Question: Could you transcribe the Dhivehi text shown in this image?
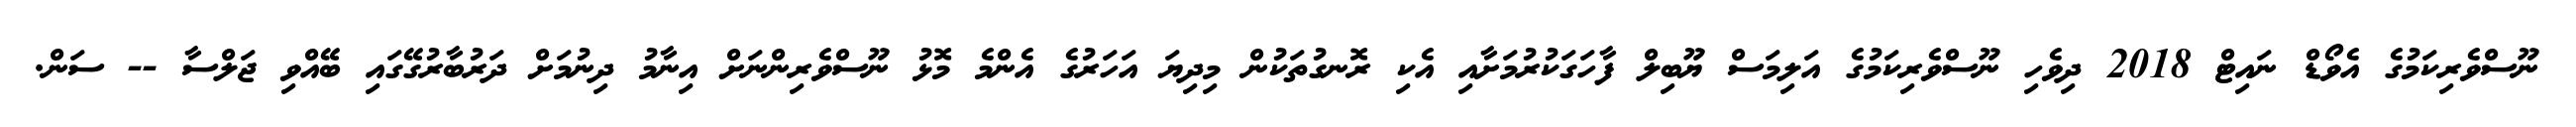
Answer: ނޫސްވެރިކަމުގެ އެވޯޑް ނައިޓް 2018 ދިވެހި ނޫސްވެރިކަމުގެ އަލިމަސް ޔޫބިލް ފާހަގަކުރުމަށާއި އެކި ރޮނގުތަކުން މިދިޔަ އަހަރުގެ އެންމެ މޮޅު ނޫސްވެރިންނަށް އިނާމު ދިނުމަށް ދަރުބާރުގޭގައި ބޭއްވި ޖަލްސާ -- ސަން.